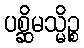
ပစ္ဆိမသ္မိဉ္စ